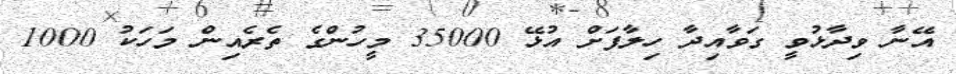
އޭނާ ވިދާޅުވީ ގަވާއިދާ ހިލާފަށް އުޅޭ 35000 މީހުންގެ ތެރެއިން މަހަކު 1000